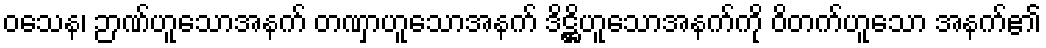
ဝသေန၊ ဉာဏ်ဟူသောအနက် တဏှာဟူသောအနက် ဒိဋ္ဌိဟူသောအနက်ကို ဝိတက်ဟူသော အနက်၏